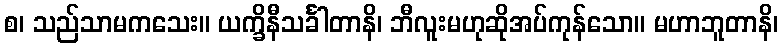
စ၊ သည်သာမကသေး။ ယက္ခိနီသင်္ခါတာနိ၊ ဘီလူးမဟုဆိုအပ်ကုန်သော။ မဟာဘူတာနိ၊